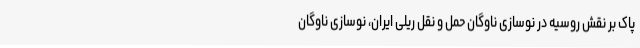
پاک بر نقش روسیه در نوسازی ناوگان حمل و نقل ریلی ایران، نوسازی ناوگان